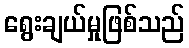
ရွေးချယ်မှုဖြစ်သည်